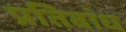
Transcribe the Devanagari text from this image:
प्रतिबांध